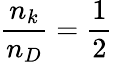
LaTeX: \frac{n_{k}}{n_{D}}=\frac{1}{2}